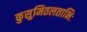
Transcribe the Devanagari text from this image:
कुसुमितलताभिः